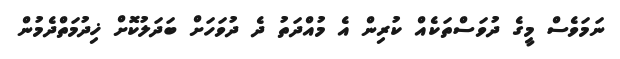
ނަމަވެސް މީގެ ދުވަސްތަކެއް ކުރިން އެ މުއްދަތު ދެ ދުވަހަށް ބަދަލުކޮށް ޚިދުމަތްދެމުން